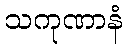
သကုဏာနံ